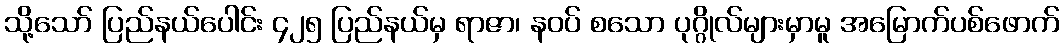
သို့သော် ပြည်နယ်ပေါင်း ၄၂၅ ပြည်နယ်မှ ရာဇာ၊ နဝပ် စသော ပုဂ္ဂိုလ်များမှာမူ အမြောက်ပစ်ဖောက်